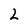
Character: 2